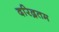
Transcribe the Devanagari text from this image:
दरिद्रतम